Annual statistical returns and brief notes on vaccination in Bengal - 1909-1929
Year: 1909
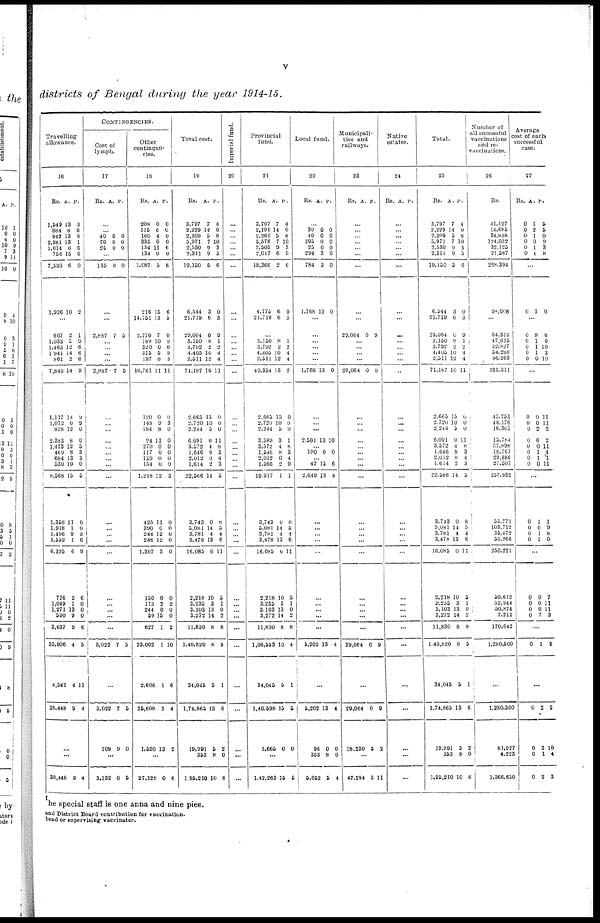
v
districts of Bengal during the year 1914-15.
Travelling
allowance.
16
Rs.
1,549
884
942
2,381
1,014
756
7,530
1,936
A.
13
8
13
13
6
15
6
10
P.
3
0
8
1
6
6
0
2
...
607
1,033
1,463
1 941
861
7,843
1,115
1,072
838
2,383
1,473
469
684
530
8,568
1,358
1,918
1,496
1,552
6,325
726
1,049
1,271
590
3,637
33,906
4,542
38,448
2
1
12
14
2
14
14
0
12
8
12
8
13
10
15
11
1
9
1
6
2
1
13
9
9
4
4
9
1
0
6
6
6
9
9
9
0
0
5
3
3
0
5
0
0
3
6
9
6
0
0
0
6
5
11
4
...
...
38,448 9 4
CONTINGENCIES.
Cost of
lymph.
17
Rs. A. P.
...
...
40
70
25
0
0
0
0
0
0
...
135 0 0
...
...
2,887 7 5
...
...
...
...
2,887 7 5
...
...
...
...
...
...
...
...
...
...
...
...
...
...
...
...
...
...
...
3,022 7 5
...
3,022
109
7
9
5
0
...
3,132 0 5
Other
contingen-
cies.
18
Rs.
208
115
160
335
134
134
1,087
216
14,751
2,770
189
320
315
197
18,761
120
148
184
94
270
117
150
154
1,218
425
390
244
246
1,307
150
173
244
59
627
23,002
2,606
26,608
1,520
A.
0
6
4
0
11
0
5
15
13
7
10
0
5
8
11
0
9
8
11
0
0
0
0
12
11
0
12
12
3
0
2
0
15
1
1
1
3
13
P.
0
0
0
0
6
0
6
6
5
0
0
0
9
3
11
0
3
0
0
0
0
0
0
3
0
0
0
0
0
0
2
0
0
2
10
6
4
2
...
27,129 0 6
Total cost.
19
Rs.
3,797
2 229
2,309
5,971
2,530
2,311
19,150
6,544
21,719
29,064
3,150
3,792
4,405
2,511
71,187
2,665
2,720
2,244
6,091
3,572
1,646
2,012
1,614
22,566
3,743
5,081
3,781
3,478
16,085
2,218
3,235
3,103
3,272
11,830
1,40,820
34,045
1,74,865
19,991
353
1,95,210
A.
7
14
5
7
9
9
5
3
6
0
8
2
10
12
10
15
10
5
0
4
8
0
2
14
0
14
4
13
0
10
3
13
14
8
8
5
13
6
8
10
P.
4
0
8
10
3
5
6
0
3
9
1
2
4
4
11
0
0
0
11
8
3
4
3
5
8
5
4
6
11
5
1
0
2
8
5
1
6
2
0
8
Imperial fund.
20
...
...
...
...
...
...
...
...
...
...
...
...
...
...
...
...
...
...
...
...
...
...
...
...
...
...
...
...
...
...
...
...
...
...
...
...
...
...
...
...
Provincial
fund.
21
Rs.
3,797
2,199
2,269
5,576
2,505
2,017
18,366
4,775
21,719
A.
7
14
5
7
9
6
2
6
6
P.
4
0
8
10
3
5
6
0
3
...
3,150
3,792
4,405
2,511
40,354
2,665
2,720
2,244
3,589
3,572
1,546
2,012
1,566
19,917
3,743
5,081
3,781
3,478
16,085
2,218
3,235
3,103
3,272
11,830
1,06,553
34,046
1,40,598
1,665
8
2
10
12
13
15
10
5
3
4
8
0
2
1
0
14
4
13
0
10
3 13
14
8
10
5
15
0
1
2
4
4
2
0
0
0
1
8
3
4
9
1
8
5
4
6
11
5
1
0
2
8
4
1
5
0
...
1,42,263 15 5
Local fund.
22
Rs. A. P.
...
30
40
395
25
294
784
1,768
0
0
0
0
3
3
13
0
0
0
0
0
0
0
...
...
...
...
... ...
1,768 13 0
...
...
...
2,501 13 10
...
100 0 0
...
47
2,649
15
13
6
4
...
...
...
...
...
...
... ...
...
...
5,202 13 4
...
5,202
96
353
5,652
13
0
8
5
4
0
0
4
Municipali-
ties and
railways.
23
Rs. A. P.
...
...
...
...
...
...
...
...
...
29,064 0 9
...
...
...
...
29,064 0 9
...
...
...
...
...
...
...
...
...
...
...
...
...
...
...
...
...
...
...
29,064 0 9
...
29,064
18,230
0
5
9
2
...
47,294 5 11
Native
estates.
24
Rs. A. P.
...
...
...
...
...
...
...
...
...
...
...
...
...
...
...
...
...
...
...
...
...
...
...
...
...
...
...
...
...
...
...
...
...
...
...
...
...
...
...
...
Total.
25
Rs.
3,797
2,229
2,309
5,971
2,530
2,311
19,150
6,544
21,719
29,064
3,150
3,792
4,405
2,511
71,187
2,665
2,720
2,244
6,091
3,572
1,646
2,012
1,614
22,566
3,743
5,081
3,781
3,478
16,085
2,218
3,235
3,103
3,272
11,830
1,40,820
34,045
1,74,865
19,991
353
1,95,210
A.
7
14
5
7
9
9
5
3
6
0
8
2
10
12
10
15
10
0
0
4
8
0
2
14
0
14
4
13
0
10
3
13
14
8
8
5
13
5
8
10
P.
4
0
8
10
3
5
6
0
3
9
1
2
4
4
11
0
0
0
11
8
3
4
3
5
8
5
4
6
11
5
1
0
2
8
5
1
6
2
0
8
Number of
all successful
vaccinations
and re¬
vaccinations.
26
Rs.
41,127
14,685
34,838
124,032
32,125
21,587
268,394
98,008
...
54,312
47,615
32,827
54,286
46,263
333,311
45,753
46,176
16,361
15,784
57,898
18,767
29,686
27,507
257,932
55,771
103,712
35,472
55,266
250,221
59,612
52,944
50,874
7,212
170,642
1,280,500
...
1,280,500
81,927
4,223
1,366,650
Average
cost of each
successful
case.
27
Rs.
0
0
0
0
0
0
A.
1
2
1
0
1
1
P.
5
5
0
9
3
8
...
0 1 0
...
0
0
0
0
0
8
1
1
1
0
6
0
10
3
10
...
0
0
0
0
0
0
0
0
0
0
2
6
0
1
1
0
11
11
2
2
11
4
1
11
...
0
0
0
0
1
0
1
1
1
9
8
0
...
0
0
0
0
0
0
0
7
7
11
11
3
...
0
1 9
...
0
0
0
0
2
3
1
2
2
10
4
3
the special staff is one anna and nine pies.
and District Board contribution for vaccination.
head or supervising vaccinator.